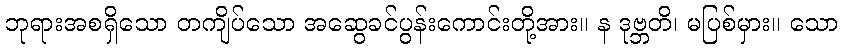
ဘုရားအစရှိသော တကျိပ်သော အဆွေခင်ပွန်းကောင်းတို့အား။ န ဒုဗ္ဘတိ၊ မပြစ်မှား။ သော